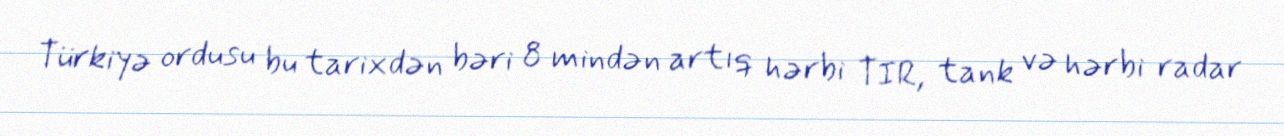
Türkiyə ordusu bu tarixdən bəri 8 mindən artıq hərbi TIR, tank və hərbi radar